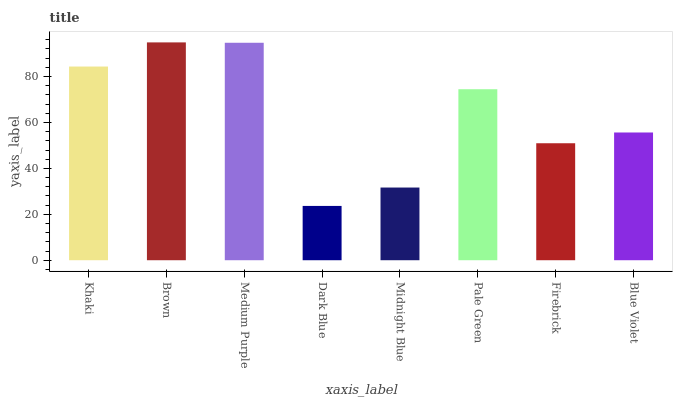
| xaxis_label | bars |
 | --- | --- |
 | Khaki | 84.4 |
 | Brown | 94.9 |
 | Medium Purple | 94.7 |
 | Dark Blue | 23.6 |
 | Midnight Blue | 31.7 |
 | Pale Green | 74.5 |
 | Firebrick | 51 |
 | Blue Violet | 55.6 |